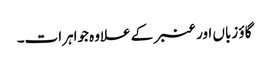
گاؤ زباں اور عنبر کے علاوہ جواہرات۔